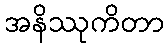
အနိဿုကိတာ